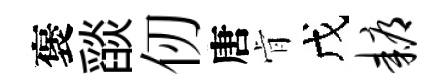
褒𦦨仞唐肻戊耨